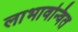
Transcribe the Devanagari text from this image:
लाभावन्वित